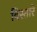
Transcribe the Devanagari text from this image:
विस्तारे